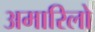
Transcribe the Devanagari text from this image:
अमारिलो